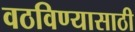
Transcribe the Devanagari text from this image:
वठविण्यासाठी